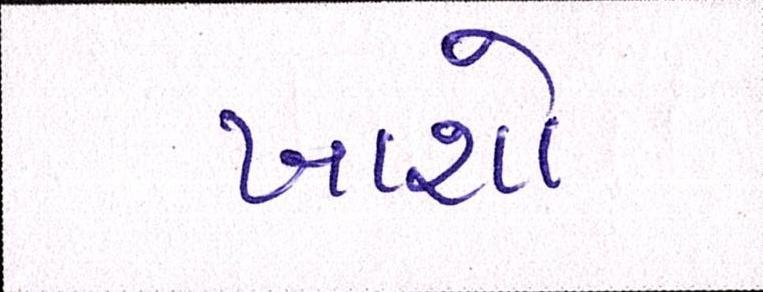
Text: ખાશો